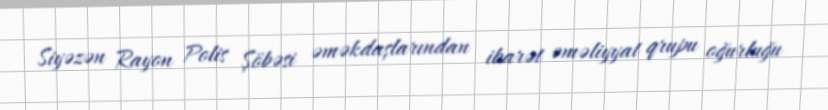
Siyəzən Rayon Polis Şöbəsi əməkdaşlarından ibarət əməliyyat qrupu oğurluğu